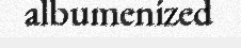
albumenized